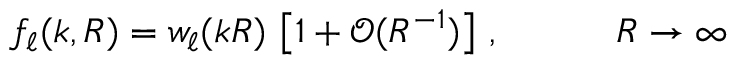
f _ { \ell } ( k , R ) = w _ { \ell } ( k R ) \, \left[ 1 + \mathcal { O } ( R ^ { - 1 } ) \right] \, , \qquad \quad R \to \infty